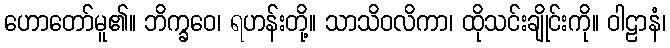
ဟောတော်မူ၏။ ဘိက္ခဝေ၊ ရဟန်းတို့။ သာသိဝလိကာ၊ ထိုသင်းချိုင်းကို။ ဝါဠာနံ၊